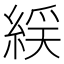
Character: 𫃭